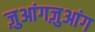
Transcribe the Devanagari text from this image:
ज़ुआंगज़ुआंग